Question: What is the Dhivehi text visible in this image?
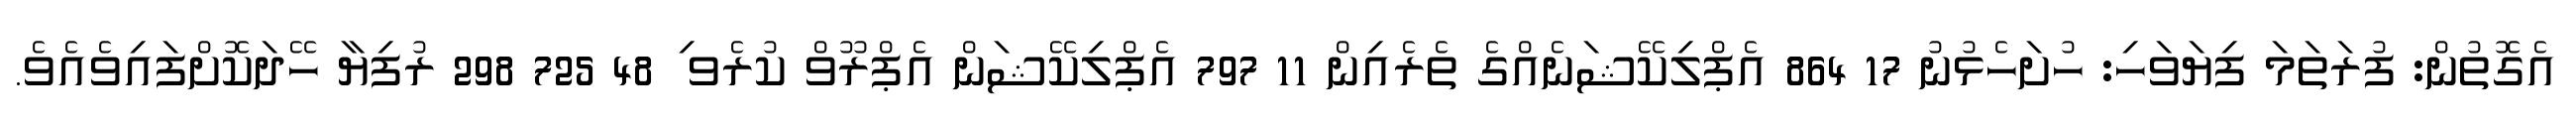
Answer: އެގޮތުން: ފުރަތަމަ ފިޔަވަހި: ހުށަހެޅުނު 17 864 އެޕްލިކޭޝަނެއްގެ ތެރެއިން 11 797 އެޕްލިކޭޝަން އެޕްރޫވް ކުރެވ ި 48 725 298 ރުފިޔާ ހޭދަކޮށްފައިވެއެވެ.